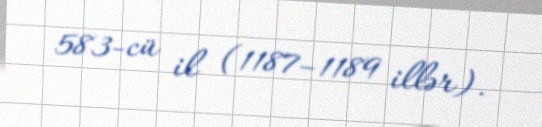
583-cü il (1187–1189 illər).